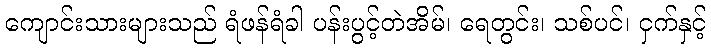
ကျောင်းသားများသည် ရံဖန်ရံခါ ပန်းပွင့်တဲအိမ်၊ ရေတွင်း၊ သစ်ပင်၊ ငှက်နှင့်